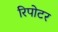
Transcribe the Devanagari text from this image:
रिपोटर